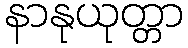
နာနုယုတ္တာ